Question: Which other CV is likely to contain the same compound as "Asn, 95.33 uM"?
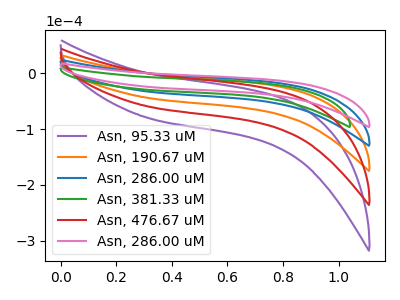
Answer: <think>The purple curve "Asn, 95.33 uM" has no peaks. The orange curve "Asn, 190.67 uM" has no peaks. The blue curve "Asn, 286.00 uM" has no peaks. The green curve "Asn, 381.33 uM" has no peaks. The red curve "Asn, 476.67 uM" has no peaks. The pink curve "Asn, 286.00 uM" has no peaks.
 Neither "Asn, 95.33 uM" or "Asn, 190.67 uM" have any peaks. Neither "Asn, 95.33 uM" or "Asn, 286.00 uM" have any peaks. Neither "Asn, 95.33 uM" or "Asn, 381.33 uM" have any peaks. Neither "Asn, 95.33 uM" or "Asn, 476.67 uM" have any peaks. Neither "Asn, 95.33 uM" or "Asn, 286.00 uM" have any peaks. Neither "Asn, 190.67 uM" or "Asn, 286.00 uM" have any peaks. Neither "Asn, 190.67 uM" or "Asn, 381.33 uM" have any peaks. Neither "Asn, 190.67 uM" or "Asn, 476.67 uM" have any peaks. Neither "Asn, 190.67 uM" or "Asn, 286.00 uM" have any peaks. Neither "Asn, 286.00 uM" or "Asn, 381.33 uM" have any peaks. Neither "Asn, 286.00 uM" or "Asn, 476.67 uM" have any peaks. Neither "Asn, 286.00 uM" or "Asn, 286.00 uM" have any peaks. Neither "Asn, 381.33 uM" or "Asn, 476.67 uM" have any peaks. Neither "Asn, 381.33 uM" or "Asn, 286.00 uM" have any peaks. Neither "Asn, 476.67 uM" or "Asn, 286.00 uM" have any peaks.</think>
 <answer>"Asn, 95.33 uM", "Asn, 190.67 uM", "Asn, 286.00 uM", "Asn, 381.33 uM" and "Asn, 476.67 uM" have a similar shape to "Asn, 286.00 uM".</answer>
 <eval>"Asn, 95.33 uM" "Asn, 190.67 uM" "Asn, 286.00 uM" "Asn, 381.33 uM" "Asn, 476.67 uM"</eval>